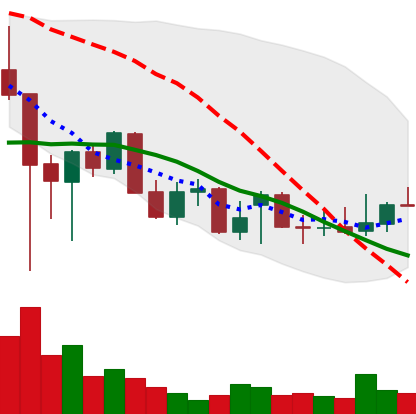
Ticker: XLM-USD
Chart end date: 2021-12-22
Forward return: 11.852%
Label: up_7plus